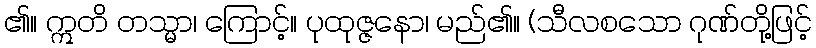
၏။ ဣတိ တသ္မာ၊ ကြောင့်။ ပုထုဇ္ဇနော၊ မည်၏။ (သီလစသော ဂုဏ်တို့ဖြင့်